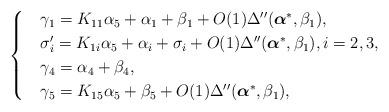
LaTeX: \begin{align*}\begin{cases}&\gamma_1=K_{11}\alpha_5+\alpha_1+\beta_1+O(1)\Delta''(\boldsymbol{\alpha}^{*},\beta_{1}),\\&\sigma'_{i}=K_{1i}\alpha_5+\alpha_i+\sigma_i+O(1)\Delta''(\boldsymbol{\alpha}^{*},\beta_{1}),i=2,3,\\&\gamma_4=\alpha_4+\beta_4,\\&\gamma_5=K_{15}\alpha_5+\beta_5+O(1)\Delta''(\boldsymbol{\alpha}^{*},\beta_{1}),\end{cases}\end{align*}